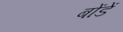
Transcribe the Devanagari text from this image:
बोंडें